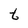
Character: t